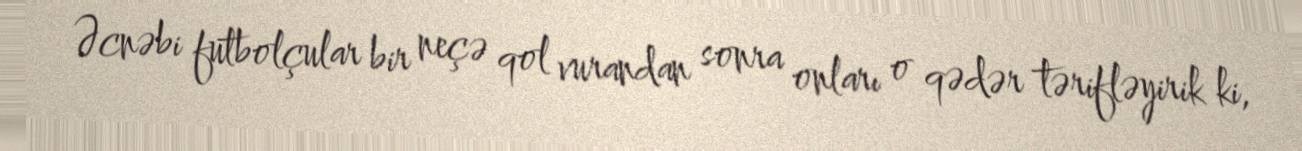
Əcnəbi futbolçular bir neçə qol vurandan sonra onları o qədər tərifləyirik ki,